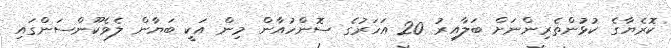
ކޮރެޔާގެ ކުޅުންތެރިންނަށް ބަލާއިރު 20 އަހަރުގެ ސޮންހުއާން މިން އަކީ ބަޔާން ލެވެކޫންސަންގައި